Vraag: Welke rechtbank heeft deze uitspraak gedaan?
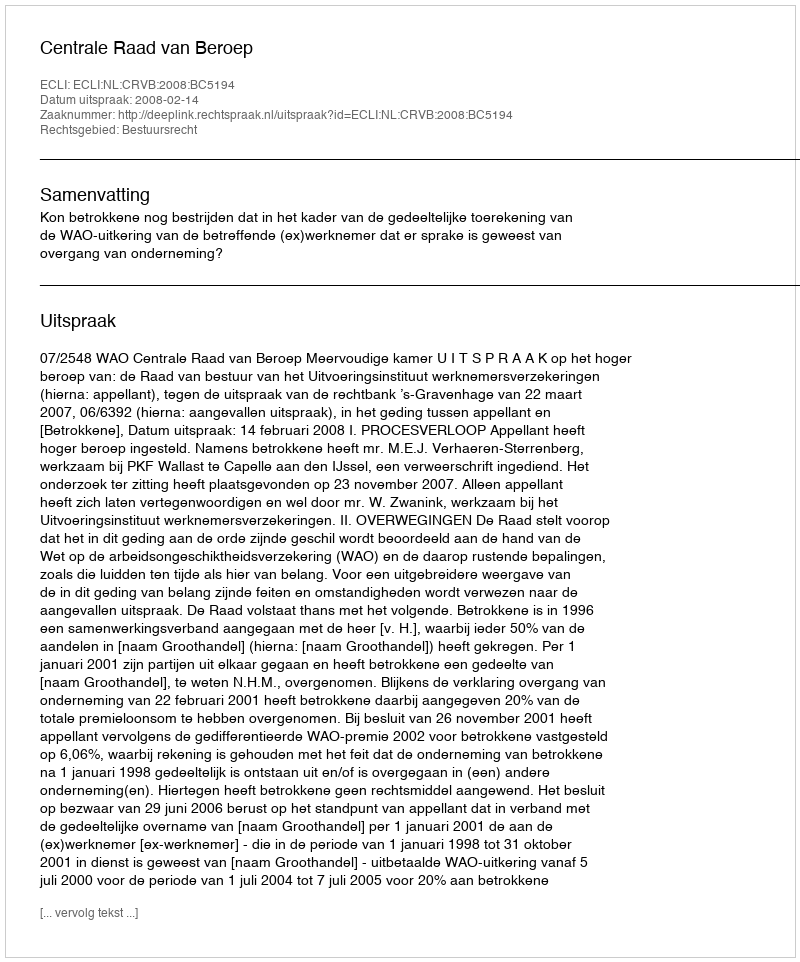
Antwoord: Centrale Raad van Beroep